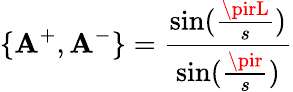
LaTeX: \{ \mathbf{A}^{+},\mathbf{A}^{-}\} =\frac{{\sin(\frac{{\pirL}}{{s}})}}{{\sin(\frac{{\pir}}{{s}})}}